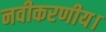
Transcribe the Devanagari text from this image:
नवीकरणीय।